Leaving Certificate Examination, 1922
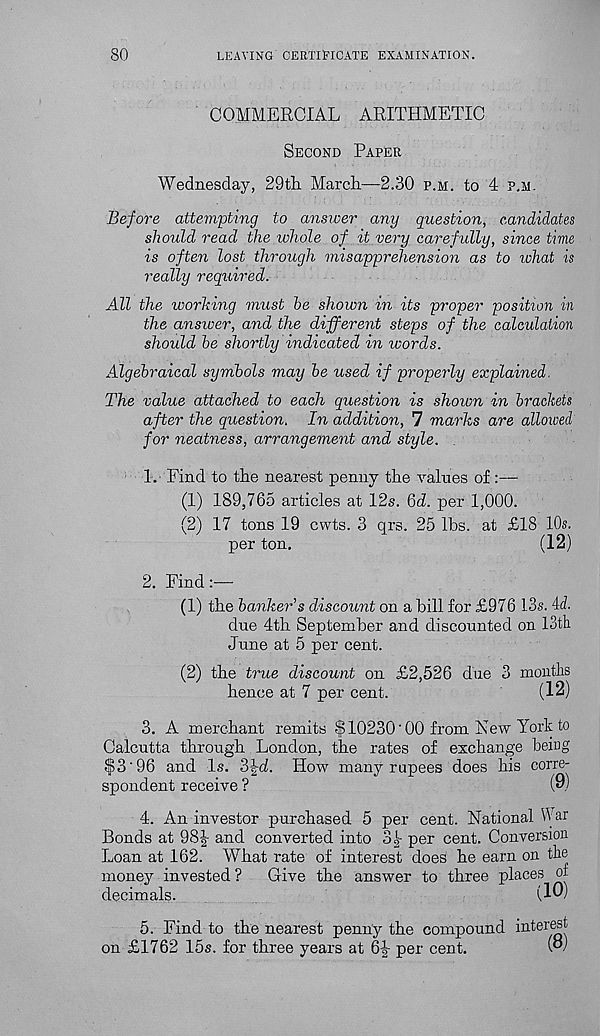
80
LEAVING CERTIFICATE EXAMINATION.
COMMERCIAL ARITHMETIC
Second Paper
Wednesday, 29th. March—2.30 p.m. to 4 p.m.
Before attempting to answer any question, candidates
should read the whole of it very carefully, since time
is often lost through misapprehension as to what is
really required.
All the worhing must he shown in its proper position in
the answer, and the different steps of the calculation
should he shortly indicated in words.
Algebraical symbols may he used if properly explained.
The value attached to each question is shown in brackets
after the question. In addition, 7 marks are alloiced
for neatness, arrangement and style.
1. Find to the nearest penny the values of:—
(1) 189,765 articles at 12s. Gd. per 1,000.
(2) 17 tons 19 cwts. 3 qrs. 25 lbs. at £18 10s.
per ton.
(12)
2. Find:—
(1) the hanker s discount on a hill for £976 13s. id.
due 4th September and discounted on 13th
June at 5 per cent.
(2) the true discount on £2,526 due 3 months
hence at 7 per cent.
(12)
3. A merchant remits $10230‘00 from New York to
Calcutta through London, the rates of exchange being
$3'96 and Is. 3-|-J. How many rupees does his corre-
spondent receive ?
(9)
4. An investor purchased 5 per cent. National War
Bonds at 98|- and converted into 3|- per cent. Conversion
Loan at 162. What rate of interest does he earn on the
money invested ?
Give the answer to three places ot
decimals.
(10)
5. Find to the nearest penny the compound interest
on £1762 15s. for three years at 6y per cent.
W